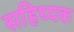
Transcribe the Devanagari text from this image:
सहिथ्यक